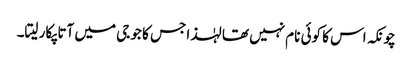
چونکہ اس کا کوئی نام نہیں تھا لہٰذا جس کا جو جی میں آتا پکار لیتا۔